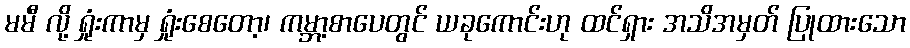
မမီ လို့ ရှုံးကာမှ ရှုံးစေတော့၊ ကမ္ဘာ့စာပေတွင် ယခုကောင်းဟု ထင်ရှား အသိအမှတ် ပြုထားသော